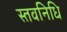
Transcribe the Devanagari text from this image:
स्तवनिधि